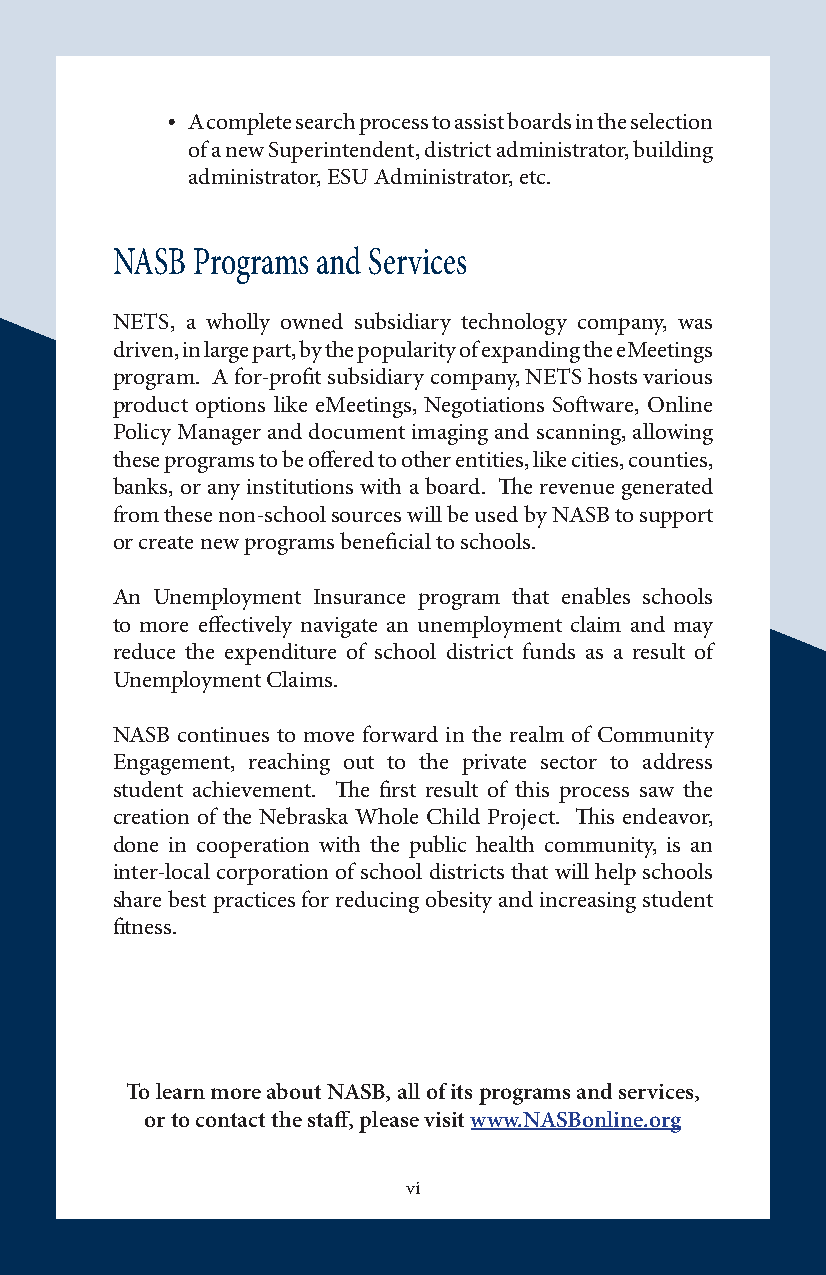
• A complete search process to assist boards in the selection
 of a new Superintendent, district administrator, building
 administrator, ESU Administrator, etc.
 NASB  Programs and Services
 NETS, a wholly owned subsidiary technology company, was
 driven, in large part, by the popularity of expanding the eMeetings
 program. A for-profit subsidiary company, NETS hosts various
 product options like eMeetings, Negotiations Software, Online
 Policy Manager and document imaging and scanning, allowing
 these programs to be offered to other entities, like cities, counties,
 banks, or any institutions with a board. The revenue generated
 from these non-school sources will be used by NASB to support
 or create new programs beneficial to schools.
 An Unemployment Insurance program that enables schools
 to more effectively navigate an unemployment claim and may
 reduce the expenditure of school district funds as a result of
 Unemployment Claims.
 NASB continues to move forward in the realm of Community
 Engagement, reaching out to the private sector to address
 student achievement. The first result of this process saw the
 creation of the Nebraska Whole Child Project. This endeavor,
 done in cooperation with the public health community, is an
 inter-local corporation of school districts that will help schools
 share best practices for reducing obesity and increasing student
 fitness.
 To learn more about NASB, all of its programs and services,
 or to contact the staff, please visit www.NASBonline.org
 vi